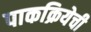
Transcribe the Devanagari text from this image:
पाकक्रियेची